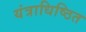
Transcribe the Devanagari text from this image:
यंत्राधिष्ठित